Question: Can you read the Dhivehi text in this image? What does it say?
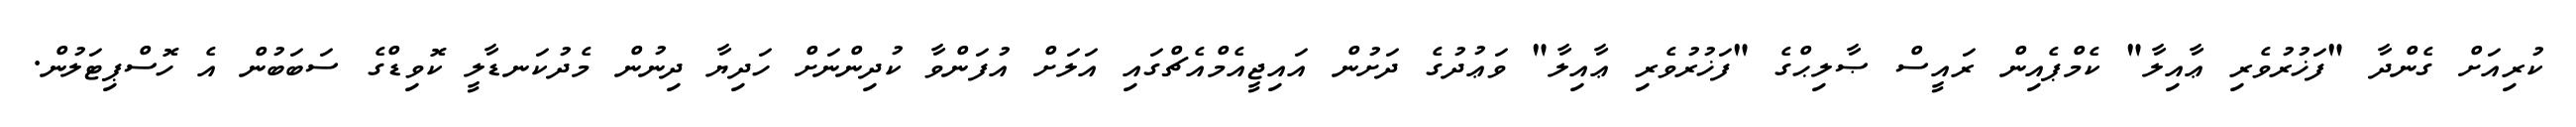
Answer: ކުރިއަށް ގެންދާ "ފަޚުރުވެރި ޢާއިލާ" ކެމްޕެއިން ރައީސް ޞާލިޙްގެ "ފަޚުރުވެރި ޢާއިލާ" ވަޢުދުގެ ދަށުން އައިޖީއެމްއެޗްގައި އަލަށް އުފަންވާ ކުދިންނަށް ހަދިޔާ ދިނުން މެދުކަނޑާލީ ކޮވިޑްގެ ސަބަބުން އެ ހޮސްޕިޓަލުން.